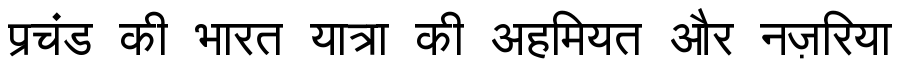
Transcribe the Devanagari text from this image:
प्रचंड की भारत यात्रा की अहमियत और नज़रिया